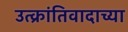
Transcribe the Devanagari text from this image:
उत्क्रांतिवादाच्या